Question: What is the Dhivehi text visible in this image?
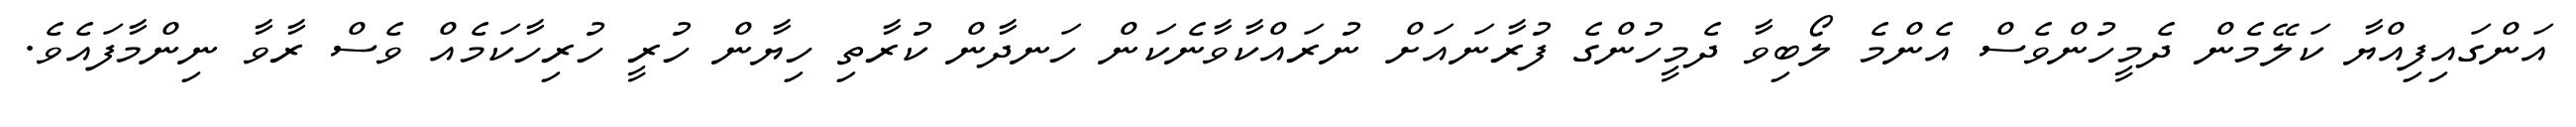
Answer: އަންގައިފިއްޔާ ކަލޭމެން ދެމީހުންވެސް އެންމެ ލޯބިވާ ދެމީހުންގެ ފުރާނައަށް ނުރައްކާވާނެކަން ހަނދާން ކުރާތި ހިޔާން ހުރީ ހުރިހާކަމެއް ވެސް ރާވާ ނިންމާފައެވެ.